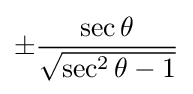
\pm {\frac {\sec \theta }{\sqrt {\sec ^{2}\theta -1}}}